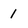
Character: 1